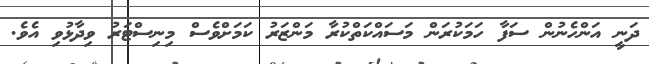
ދަނީ އަންހެނުން ސަފާ ހަމަކުރަން މަސައްކަތްކުރާ މަންޒަރު ކަމަށްވެސް މިިނިސްޓަރު ވިދާޅުވި އެވެ.